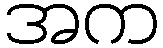
အက